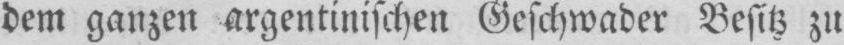
dem ganzen argentinischen Geschwader Besitz zu